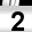
Digit: 2